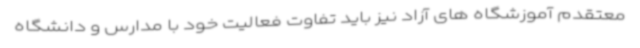
معتقدم آموزشگاه های آزاد نیز باید تفاوت فعالیت خود با مدارس و دانشگاه